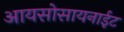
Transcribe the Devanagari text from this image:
आयसोसायनाईट